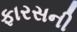
ફારસની